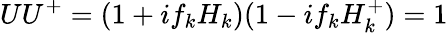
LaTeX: UU^{+}=(1+if_{k}H_{k})(1-if_{k}H_{k}^{+})=1